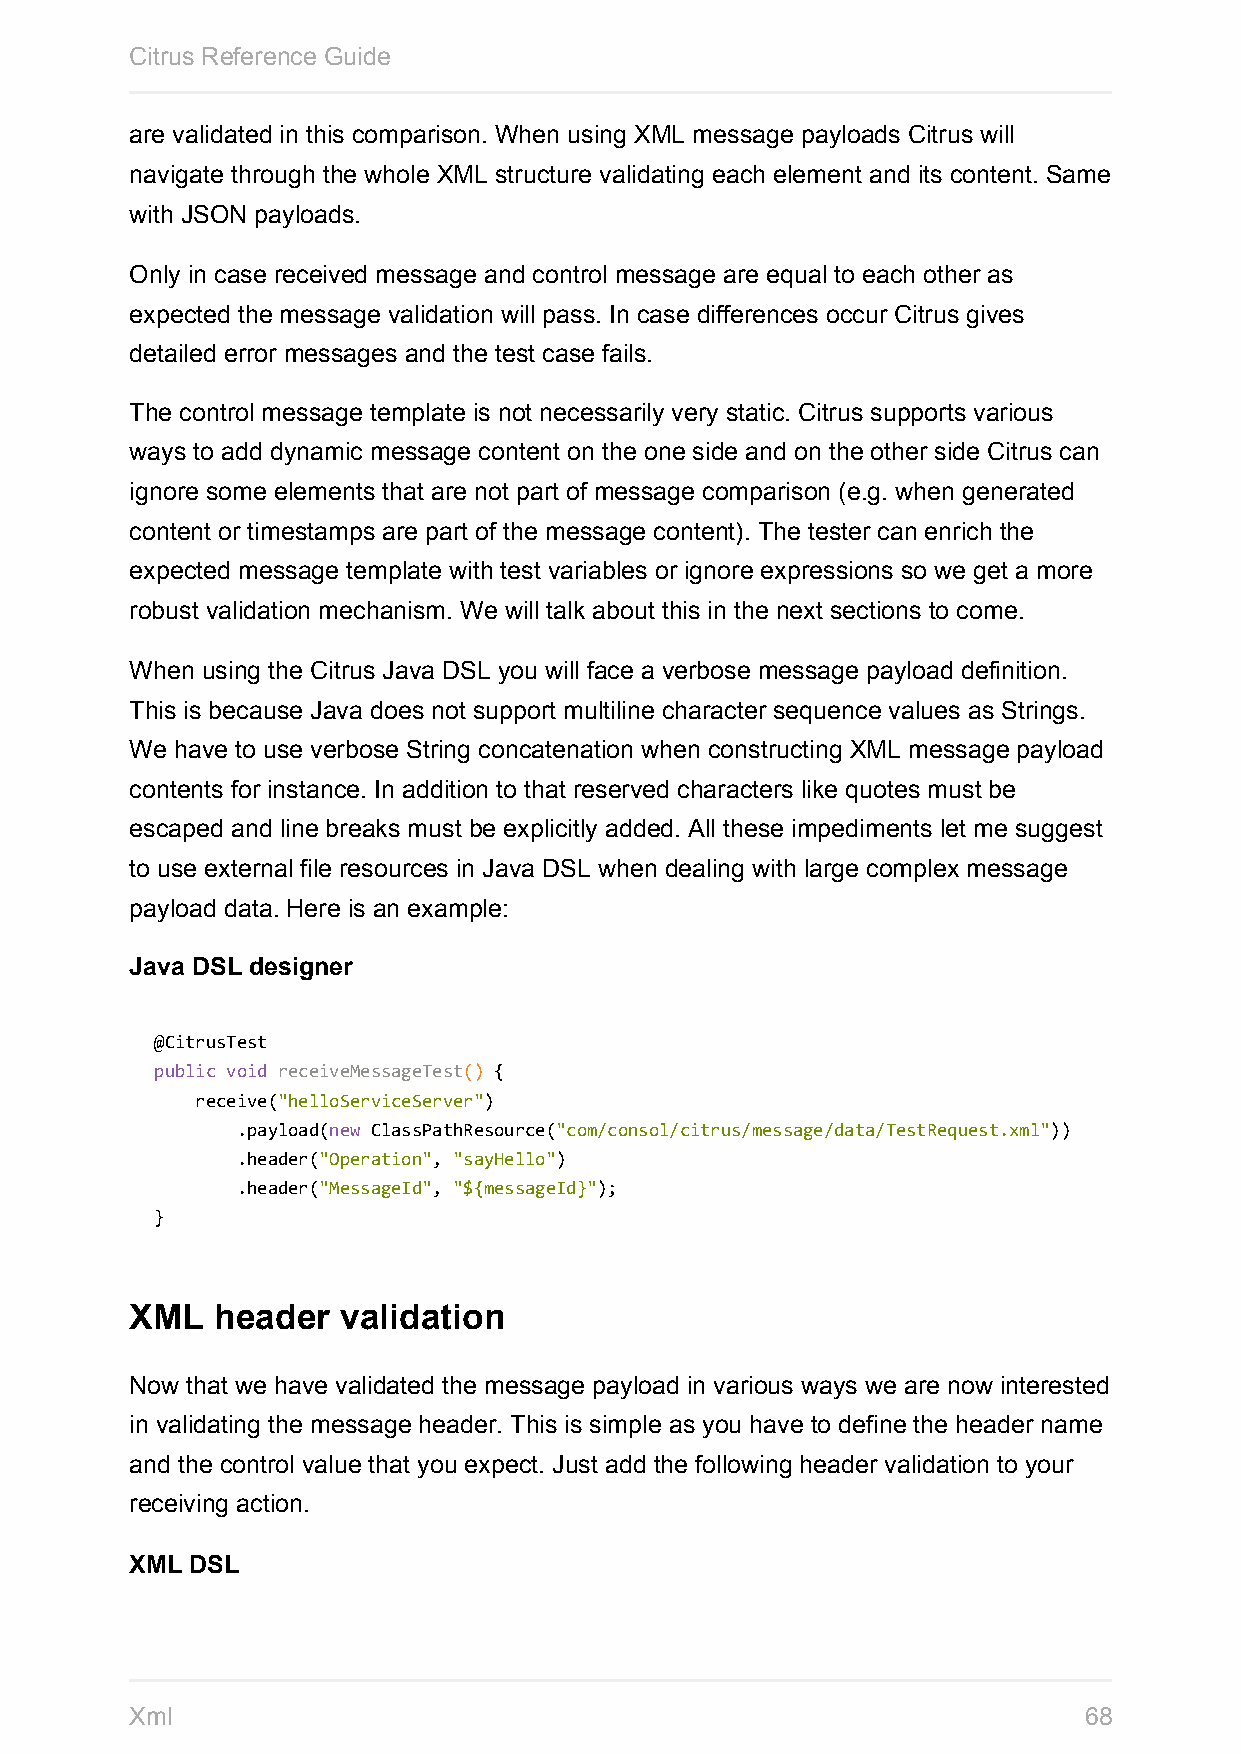
Citrus Reference Guide
 are validated in this comparison. When using XML message payloads Citrus will
 navigate through the whole XML structure validating each element and its content. Same
 with JSON payloads.
 Only in case received message and control message are equal to each other as
 expected the message validation will pass. In case differences occur Citrus gives
 detailed error messages and the test case fails.
 The control message template is not necessarily very static. Citrus supports various
 ways to add dynamic message content on the one side and on the other side Citrus can
 ignore some elements that are not part of message comparison (e.g. when generated
 content or timestamps are part of the message content). The tester can enrich the
 expected message template with test variables or ignore expressions so we get a more
 robust validation mechanism. We will talk about this in the next sections to come.
 When using the Citrus Java DSL you will face a verbose message payload definition.
 This is because Java does not support multiline character sequence values as Strings.
 We have to use verbose String concatenation when constructing XML message payload
 contents for instance. In addition to that reserved characters like quotes must be
 escaped and line breaks must be explicitly added. All these impediments let me suggest
 to use external file resources in Java DSL when dealing with large complex message
 payload data. Here is an example:
 Java DSL designer
 @CitrusTest
 public void receiveMessageTest() {
 receive("helloServiceServer")
 .payload(new ClassPathResource("com/consol/citrus/message/data/TestRequest.xml"))
 .header("Operation", "sayHello")
 .header("MessageId", "${messageId}");
 }
 XML  header  validation
 Now that we have validated the message payload in various ways we are now interested
 in validating the message header. This is simple as you have to define the header name
 and the control value that you expect. Just add the following header validation to your
 receiving action.
 XML DSL
 Xml                                                            68